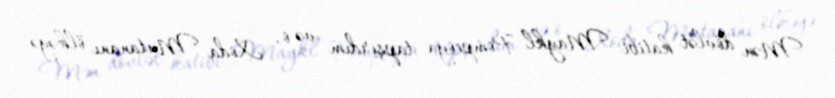
Mən dövlət katibi Maykl Pompeoya tapşırdım və o, Xoda Mutananı ölkəyə